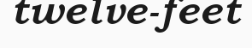
twelve-feet